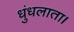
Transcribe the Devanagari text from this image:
धुंधलाता।